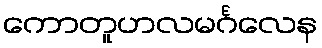
ကောတူဟလမင်္ဂလေန